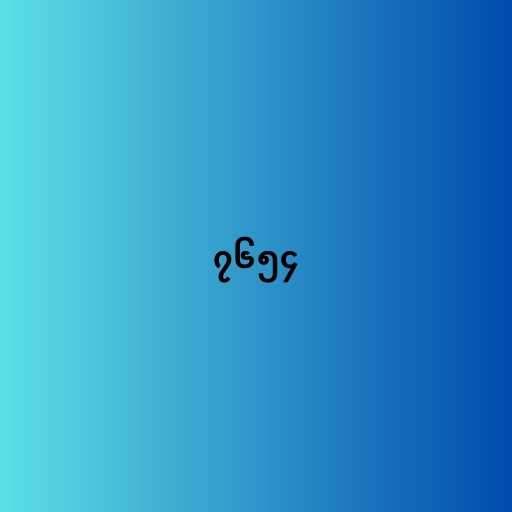
၇၆၅၄